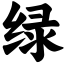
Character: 绿